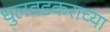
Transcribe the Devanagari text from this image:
धुलवडकराच्या